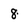
Character: 8